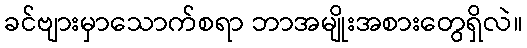
ခင်ဗျားမှာသောက်စရာ ဘာအမျိုးအစားတွေရှိလဲ။